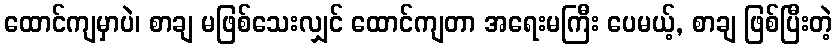
ထောင်ကျမှာပဲ၊ စာချ မဖြစ်သေးလျှင် ထောင်ကျတာ အရေးမကြီး ပေမယ့်, စာချ ဖြစ်ပြီးတဲ့